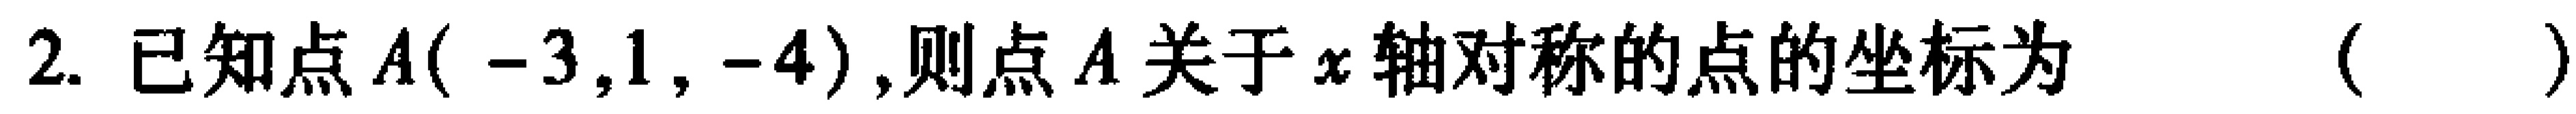
2. 已知点\(A(-3,1,-4)\)，则点\(A\)关于\(x\)轴对称的点的坐标为 （  ）